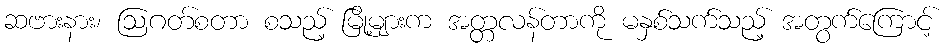
ဆဗားနား၊ ဩဂတ်စတာ စသည့် မြို့များက အတ္တလန်တာကို မနှစ်သက်သည့် အတွက်ကြောင့်